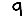
Digit: 9